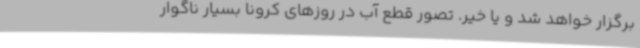
برگزار خواهد شد و یا خیر. تصور قطع آب در روزهای کرونا بسیار ناگوار